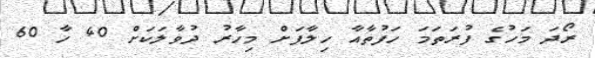
ރޯދަ މަހުގެ ފުރަތަމަ ހަފުތާއާ ހިލާފަށް މިހާރު ދުވާލަކަށް 40 ހާ 60